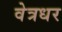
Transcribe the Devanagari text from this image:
वेत्रधर